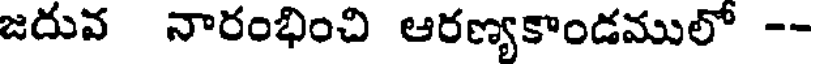
జదువ నారంభించి ఆరణ్యకాండములో --